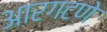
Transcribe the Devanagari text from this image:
आरगटणे